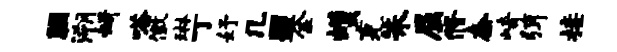
胭溯妍嗒徽琳丁妤几盟金蠖克朱屈修奈崎弭接